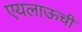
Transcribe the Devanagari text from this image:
एयलाऊची